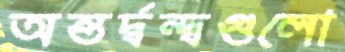
অন্তর্দ্বন্দ্বগুলো